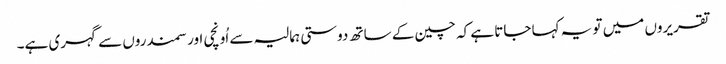
تقریروں میں تو یہ کہا جاتا ہے کہ چین کے ساتھ دوستی ہمالیہ سے اُونچی اور سمندروں سے گہری ہے۔